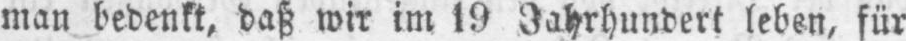
man bedenkt, daß wir im 19 Jahrhundert leben, für